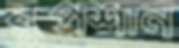
রুপশান